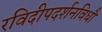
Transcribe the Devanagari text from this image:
रविदीपदर्शनविधौ